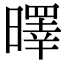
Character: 曎